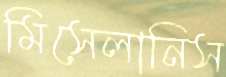
মিসেলানিস